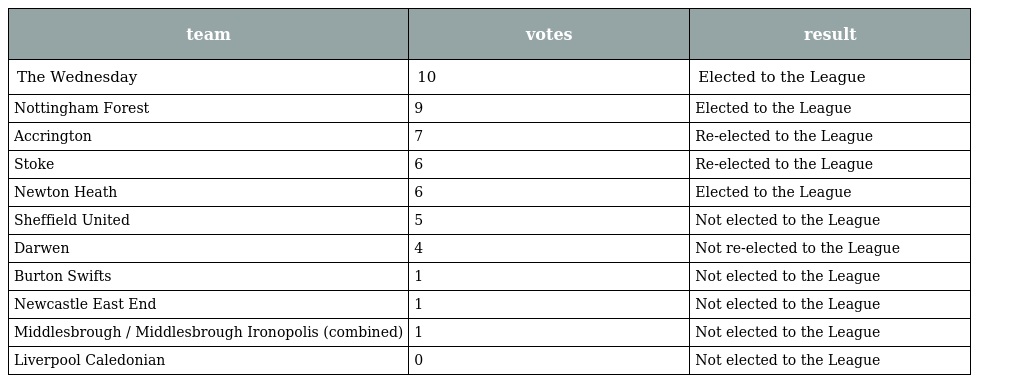
| team | votes | result |
 | --- | --- | --- |
 | The Wednesday | 10 | Elected to the League |
 | Nottingham Forest | 9 | Elected to the League |
 | Accrington | 7 | Re-elected to the League |
 | Stoke | 6 | Re-elected to the League |
 | Newton Heath | 6 | Elected to the League |
 | Sheffield United | 5 | Not elected to the League |
 | Darwen | 4 | Not re-elected to the League |
 | Burton Swifts | 1 | Not elected to the League |
 | Newcastle East End | 1 | Not elected to the League |
 | Middlesbrough / Middlesbrough Ironopolis (combined) | 1 | Not elected to the League |
 | Liverpool Caledonian | 0 | Not elected to the League |